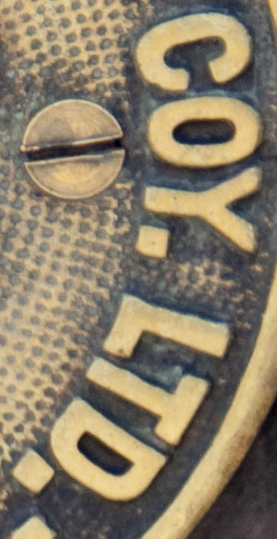
COY. LTD.